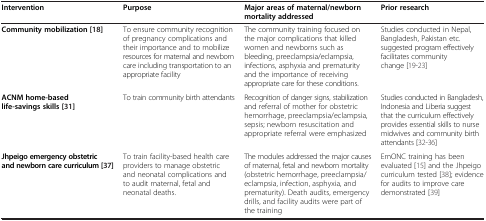
<table><thead><tr><td><b>Intervention</b></td><td><b>Purpose</b></td><td><b>Major areas of maternal/newborn mortality addressed</b></td><td><b>Prior research</b></td></tr></thead><tbody><tr><td><b>Community mobilization </b>[18]</td><td>To ensure community recognition of pregnancy complications and their importance and to mobilize resources for maternal and newborn care including transportation to an appropriate facility</td><td>The community training focused on the major complications that killed women and newborns such as bleeding, preeclampsia/eclampsia, infections, asphyxia and prematurity and the importance of receiving appropriate care for these conditions.</td><td>Studies conducted in Nepal, Bangladesh, Pakistan etc. suggested program effectively facilitates community change [19-23]</td></tr><tr><td><b>ACNM home-based life-savings skills </b>[31]</td><td>To train community birth attendants</td><td>Recognition of danger signs, stabilization and referral of mother for obstetric hemorrhage, preeclampsia/eclampsia, sepsis; newborn resuscitation and appropriate referral were emphasized</td><td>Studies conducted in Bangladesh, Indonesia and Liberia suggest that the curriculum effectively provides essential skills to nurse midwives and community birth attendants [32-36]</td></tr><tr><td><b>Jhpeigo emergency obstetric and newborn care curriculum </b>[37]</td><td>To train facility-based health care providers to manage obstetric and neonatal complications and to audit maternal, fetal and neonatal deaths.</td><td>The modules addressed the major causes of maternal, fetal and newborn mortality (obstetric hemorrhage, preeclampsia/eclampsia, infection, asphyxia, and prematurity). Death audits, emergency drills, and facility audits were part of the training</td><td>EmONC training has been evaluated [15] and the Jhpeigo curriculum tested [38]; evidence for audits to improve care demonstrated [39]</td></tr></tbody></table>